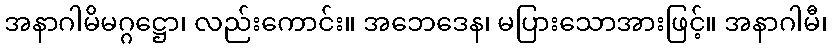
အနာဂါမိမဂ္ဂဋ္ဌော၊ လည်းကောင်း။ အဘေဒေန၊ မပြားသောအားဖြင့်။ အနာဂါမီ၊